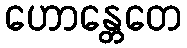
ဟောန္တေတေ